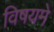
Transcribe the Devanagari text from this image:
विषयमे